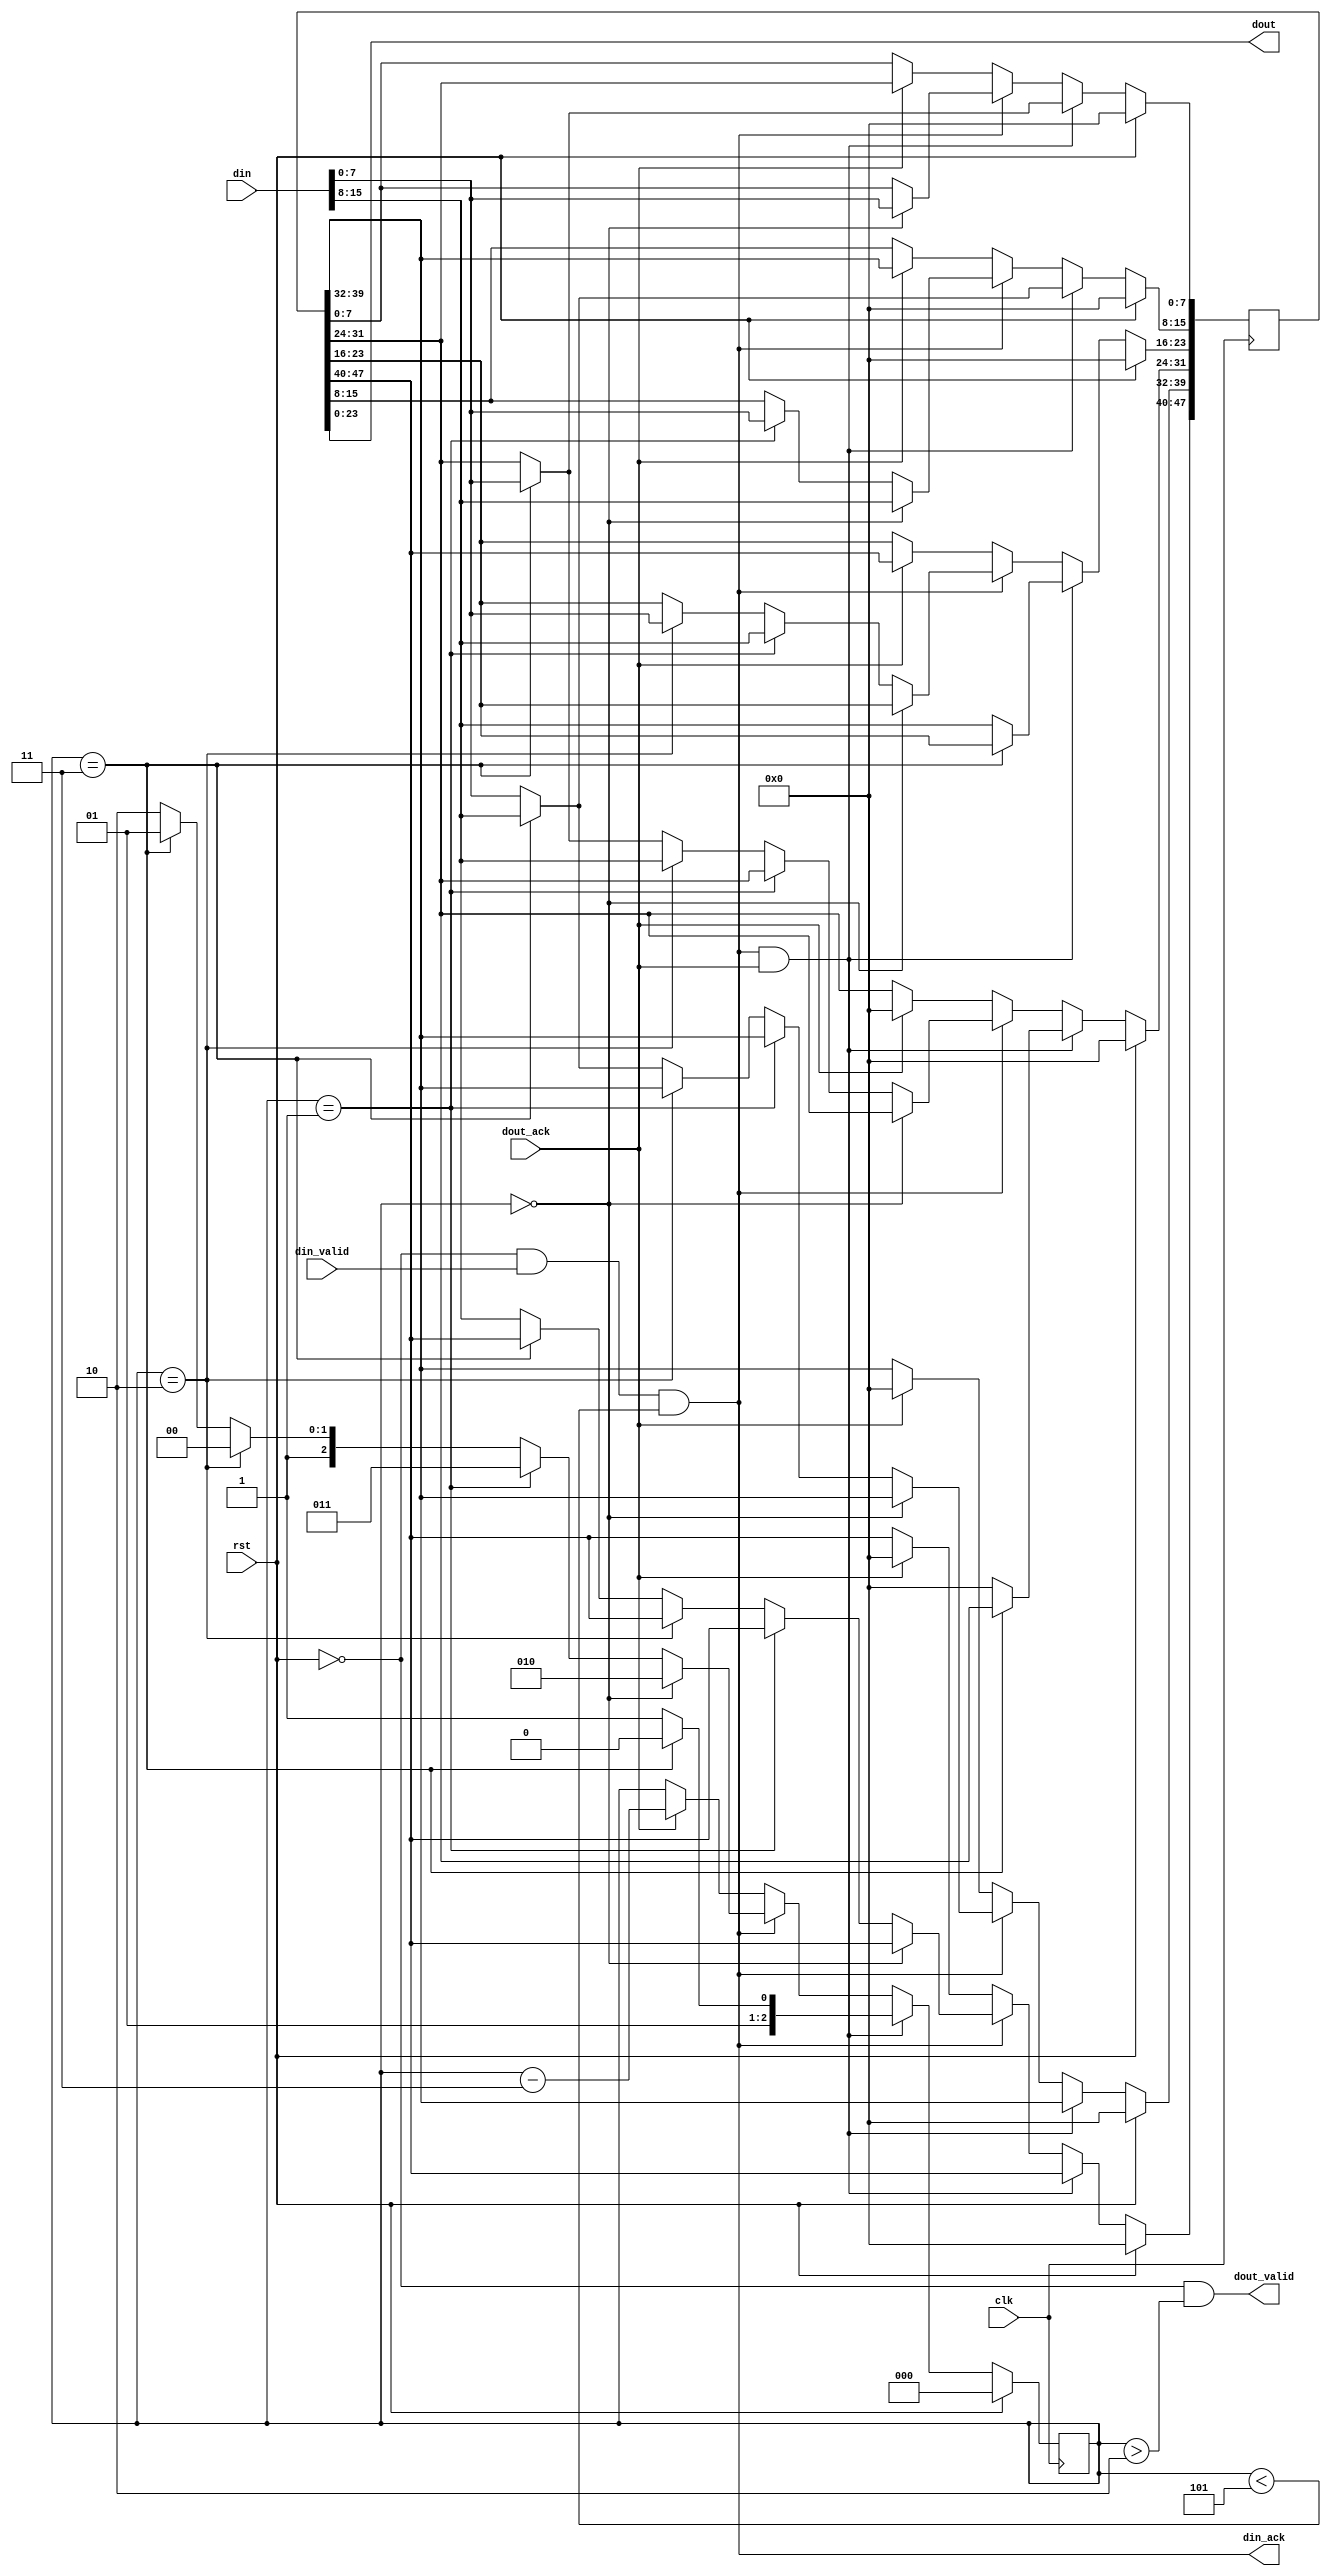
module buf_2to3 ( 
	clk,rst,

	din,
	din_valid,
	din_ack,

	dout,
	dout_valid,
	dout_ack
);

input clk,rst;

input [15:0] din;
input din_valid;
output din_ack;

output [23:0] dout;
output dout_valid;
input dout_ack;

reg [47:0] storage;
reg [2:0] held;

wire din_ack = !rst & din_valid & (held < 5);
wire dout_valid = !rst & (held > 2);
assign dout = storage[23:0];

always @(posedge clk) begin
	if (rst) begin
		storage <= 0;
		held <= 0;
	end
	else begin
		if (din_ack && dout_ack) begin
			// accepting new data and dumping old	
			// not doing the held = 5 'make space' option
			// because it extends the critical path 
			// and makes things (more) confusing
			if (held == 3'b11) begin
				storage[15:0] <= din;
				held <= 3'b010;
			end
			else begin // held == 4
				storage[31:0] <= {din,storage[31:24]};
				held <= 3'b11;
			end		 	
		end
		else if (din_ack) begin
			// accepting new data only
			if (held == 3'b0) begin
				storage[15:0] <= din;
				held <= 3'b010;
			end
			else if (held == 3'b1) begin
				storage[23:8] <= din;
				held <= 3'b11;
			end
			else if (held == 3'b10) begin
				storage[31:16] <= din;
				held <= 3'b100;
			end			
			else if (held == 3'b11) begin 
				storage[39:24] <= din;
				held <= 3'b101;
			end	
			else begin // held = 4
				storage[47:32] <= din;
				held <= 3'b110;
			end
		end
		else if (dout_ack) begin
			// dumping old data only
			storage <= {24'b0,storage[47:24]};
			held <= held - 2'b11;
		end
	end		
end
endmodule